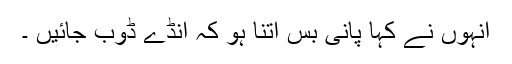
انہوں نے کہا پانی بس اتنا ہو کہ انڈے ڈوب جائیں ۔